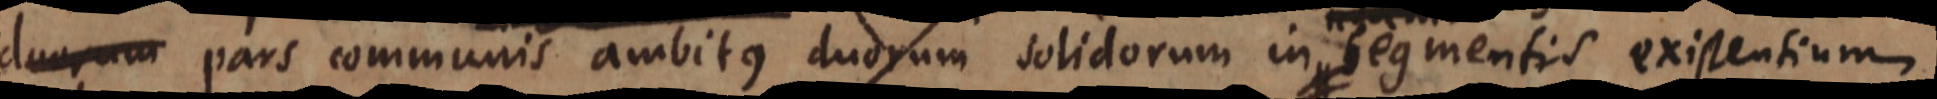
duorum pars communis ambitus duorum solidorum in segmentis existentium